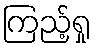
ကြည့်ရှု